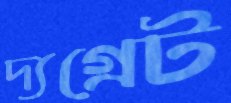
দ্যগ্রেট